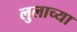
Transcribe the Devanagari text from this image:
लुलाच्या